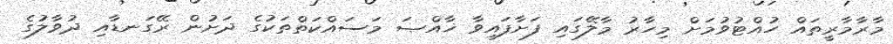
މާރާމާރީތައް ހުއްޓުވުމަށް މިހާރު މާލޭގައި ފަށާފައިވާ ޚާއްޞަ މަސައްކަތްތަކުގެ ދަށުން ރޭގަނޑާއި ދުވާލުގެ